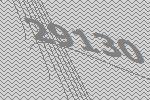
29130